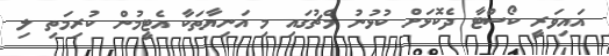
އައިވަރީ ކޯސްޓާ ދެކޮޅަށް ކުޅުނު މެޗުގައި މި އަނިޔާތަކާ އެޓީމުން ކުރިމަތި ލި